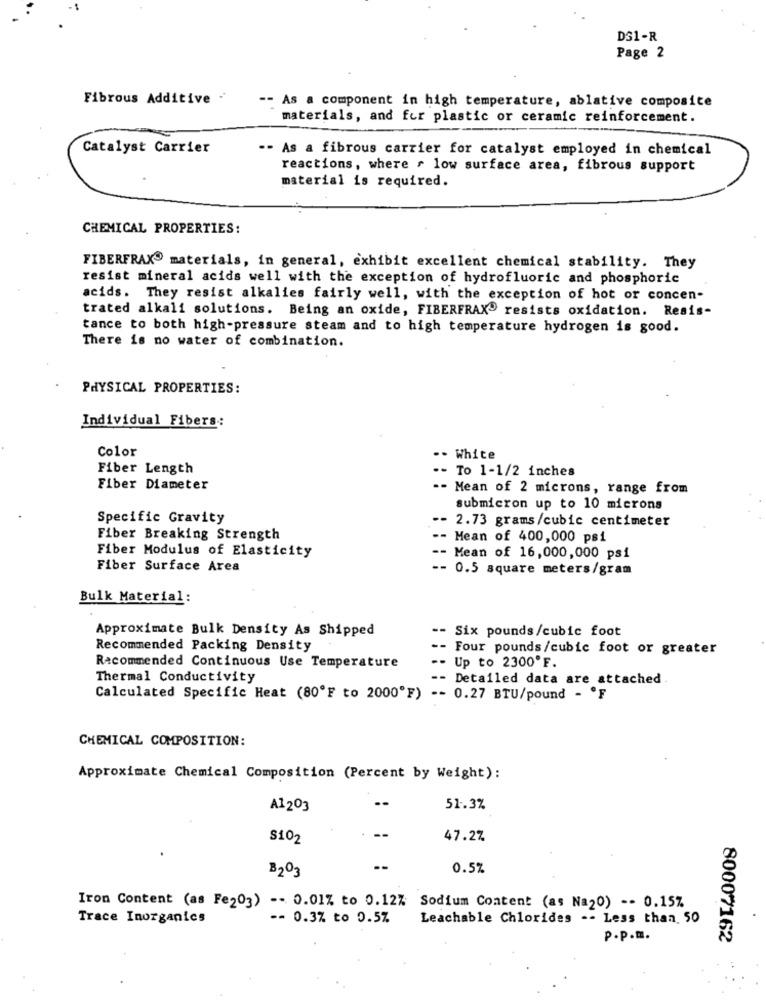
DS1-R
Page 2
Fibrous Additive -
-- As a component in high temperature, ablative composite
materials, and for plastic or ceramic reinforcement.
Catalyst Carrier
-- As a fibrous carrier for catalyst employed in chemical
reactions, where , low surface area, fibrous support
material is required.
CHEMICAL PROPERTIES:
FIBERFRAX materials, in general, exhibit excellent chemical stability. They
resist mineral acids well with the exception of hydrofluoric and phosphoric
acids. They resist alkalies fairly well, with the exception of hot or concen-
trated alkali solutions. Being an oxide, FIBERFRAX® resists oxidation. Resis-
tance to both high-pressure steam and to high temperature hydrogen is good.
There is no water of combination.
PHYSICAL PROPERTIES:
Individual Fibers:
Color
-- White
Fiber Length
- To 1-1/2 inches
Fiber Diameter
-- Mean of 2 microns, range from
submicron up to 10 microns
Specific Gravity
-- 2.73 grams/cubic centimeter
Fiber Breaking Strength
-- Mean of 400,000 psi
Fiber Modulus of Elasticity
-- Mean of 16,000,000 psi
Fiber Surface Area
-- 0.5 square meters/gram
Bulk Material:
Approximate Bulk Density As Shipped
-- Six pounds/cubic foot
Recommended Packing Density
-- Four pounds/cubic foot or greater
Recommended Continuous Use Temperature
-- Up to 2300ºF.
Thermal Conductivity
-- Detailed data are attached
Calculated Specific Heat (80ºF to 2000"F) -- 0.27 BTU/pound - ºF
CHEMICAL COMPOSITION:
Approximate Chemical Composition (Percent by Weight):
--
A1 203
51.3%
S102
47.2%
8203
0.5%
Iron Content (as Fe203) -- 0.01% to 0.12% Sodium Content (as Na20) -- 0.15%
Trace Inorganics
-- 0.3% to 0.57
Leachable Chlorides -- Less than. 50
P.P.m.
80007162